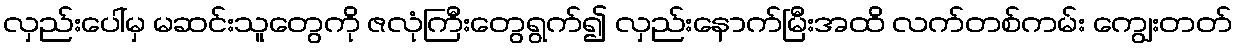
လှည်းပေါ်မှ မဆင်းသူတွေကို ဇလုံကြီးတွေရွက်၍ လှည်းနောက်မြီးအထိ လက်တစ်ကမ်း ကျွေးတတ်